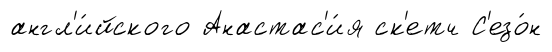
англ'и́йского Анастас'и́я ск'етч С'езо́н